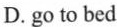
D.go to bed